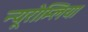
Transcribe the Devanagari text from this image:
न्यूरोम्लिया